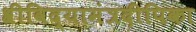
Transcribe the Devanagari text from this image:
श्रीविद्यामंत्रदीपिका